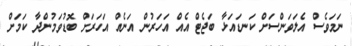
ނަމަވެސް އެލަވަންސަށް ކަނޑައަޅާ ބަޖެޓް އެއް އަހަރުން އަނެއް އަހަރަށް ބޮޑުވަމުންދާ ކަމަށް